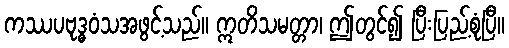
ကဿပဗုဒ္ဓဝံသအဖွင့်သည်။ ဣတိသမတ္တာ၊ ဤတွင်၍ ပြီးပြည့်စုံပြီ။